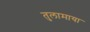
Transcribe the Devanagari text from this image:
तुलामाया